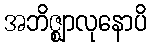
အဘိဇ္ဈာလုနောပိ